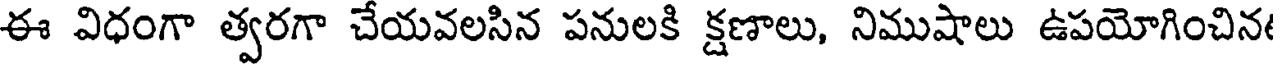
ఈ విధంగా త్వరగా చేయవలసిన పనులకి క్షణాలు, నిముషాలు ఉపయోగించిన